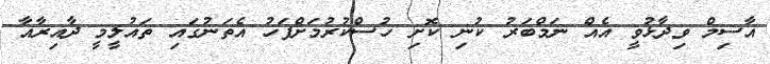
އާސިމް ވިދާޅުވީ އެއް ނަމްބަރު ކުނި ކޮށި ހުސްކުރުމަށްފަހު އެތަނުގައި ތައުލީމީ ދާއިރާއާ